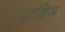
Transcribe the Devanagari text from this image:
थायिरू